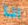
انا